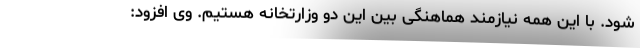
شود. با این همه نیازمند هماهنگی بین این دو وزارتخانه هستیم. وی افزود: